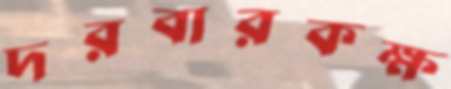
দরবারকক্ষ